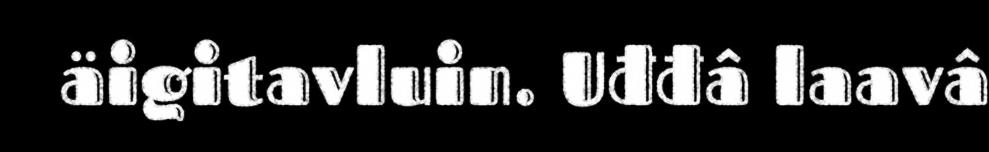
äigitavluin. Uđđâ laavâ